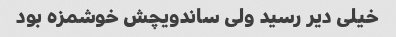
خیلی دیر رسید ولی ساندویچش خوشمزه بود